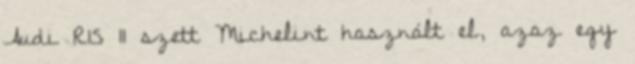
Audi R15 11 szett Michelint használt el, azaz egy